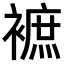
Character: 𧜥